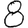
Digit: 8